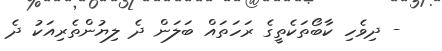
- ދިވެހި ކާބޯތަކެތީގެ ރަހަތައް ބަލަން ދެ ލިޔުންތެރިއަކު ދެ